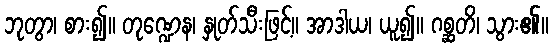
ဘုတွာ၊ စား၍။ တုဏ္ဍေန၊ နှုတ်သီးဖြင့်။ အာဒါယ၊ ယူ၍။ ဂစ္ဆတိ၊ သွား၏။